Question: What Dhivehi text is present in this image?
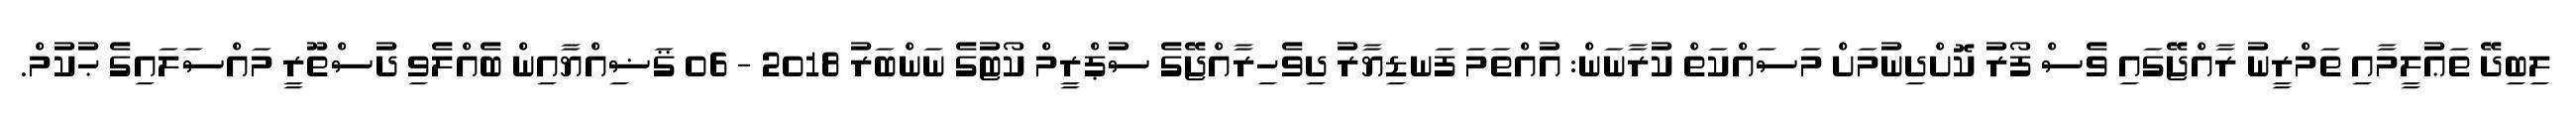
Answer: ލިބިދޭ ތަޢުލީމާއި ތަމްރީނު ރާއްޖޭގައި ވެސް ފޯރު ކޮށްދިނުމަށް މަސައްކަތް ކުރާނަން: އުއްތަމަ ފަނޑިޔާރު ދިވެހިރާއްޖޭގެ ސުޕްރީމް ކޯޓުގެ ނަންބަރު 2018 - 06 ޤަޟިއްޔާއިން ބެއްލެވި ދުސްތޫރީ މައްސަލައިގެ ޙުކުމް.